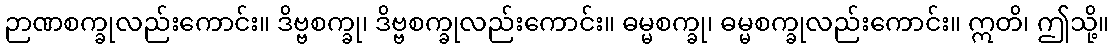
ဉာဏစက္ခုလည်းကောင်း။ ဒိဗ္ဗစက္ခု၊ ဒိဗ္ဗစက္ခုလည်းကောင်း။ ဓမ္မစက္ခု၊ ဓမ္မစက္ခုလည်းကောင်း။ ဣတိ၊ ဤသို့။